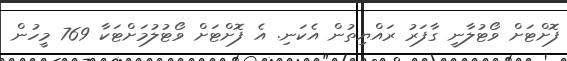
ފޮށްޓަށް ވޯޓުލާނީ ގާފަރު ރައްޔިތުން އެކަނި. އެ ފޮށްޓަށް ވޯޓުލުމަށްޓަކާ 769 މީހުން